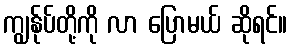
ကျွန်ုပ်တို့ကို လာ ပြောမယ် ဆိုရင်။